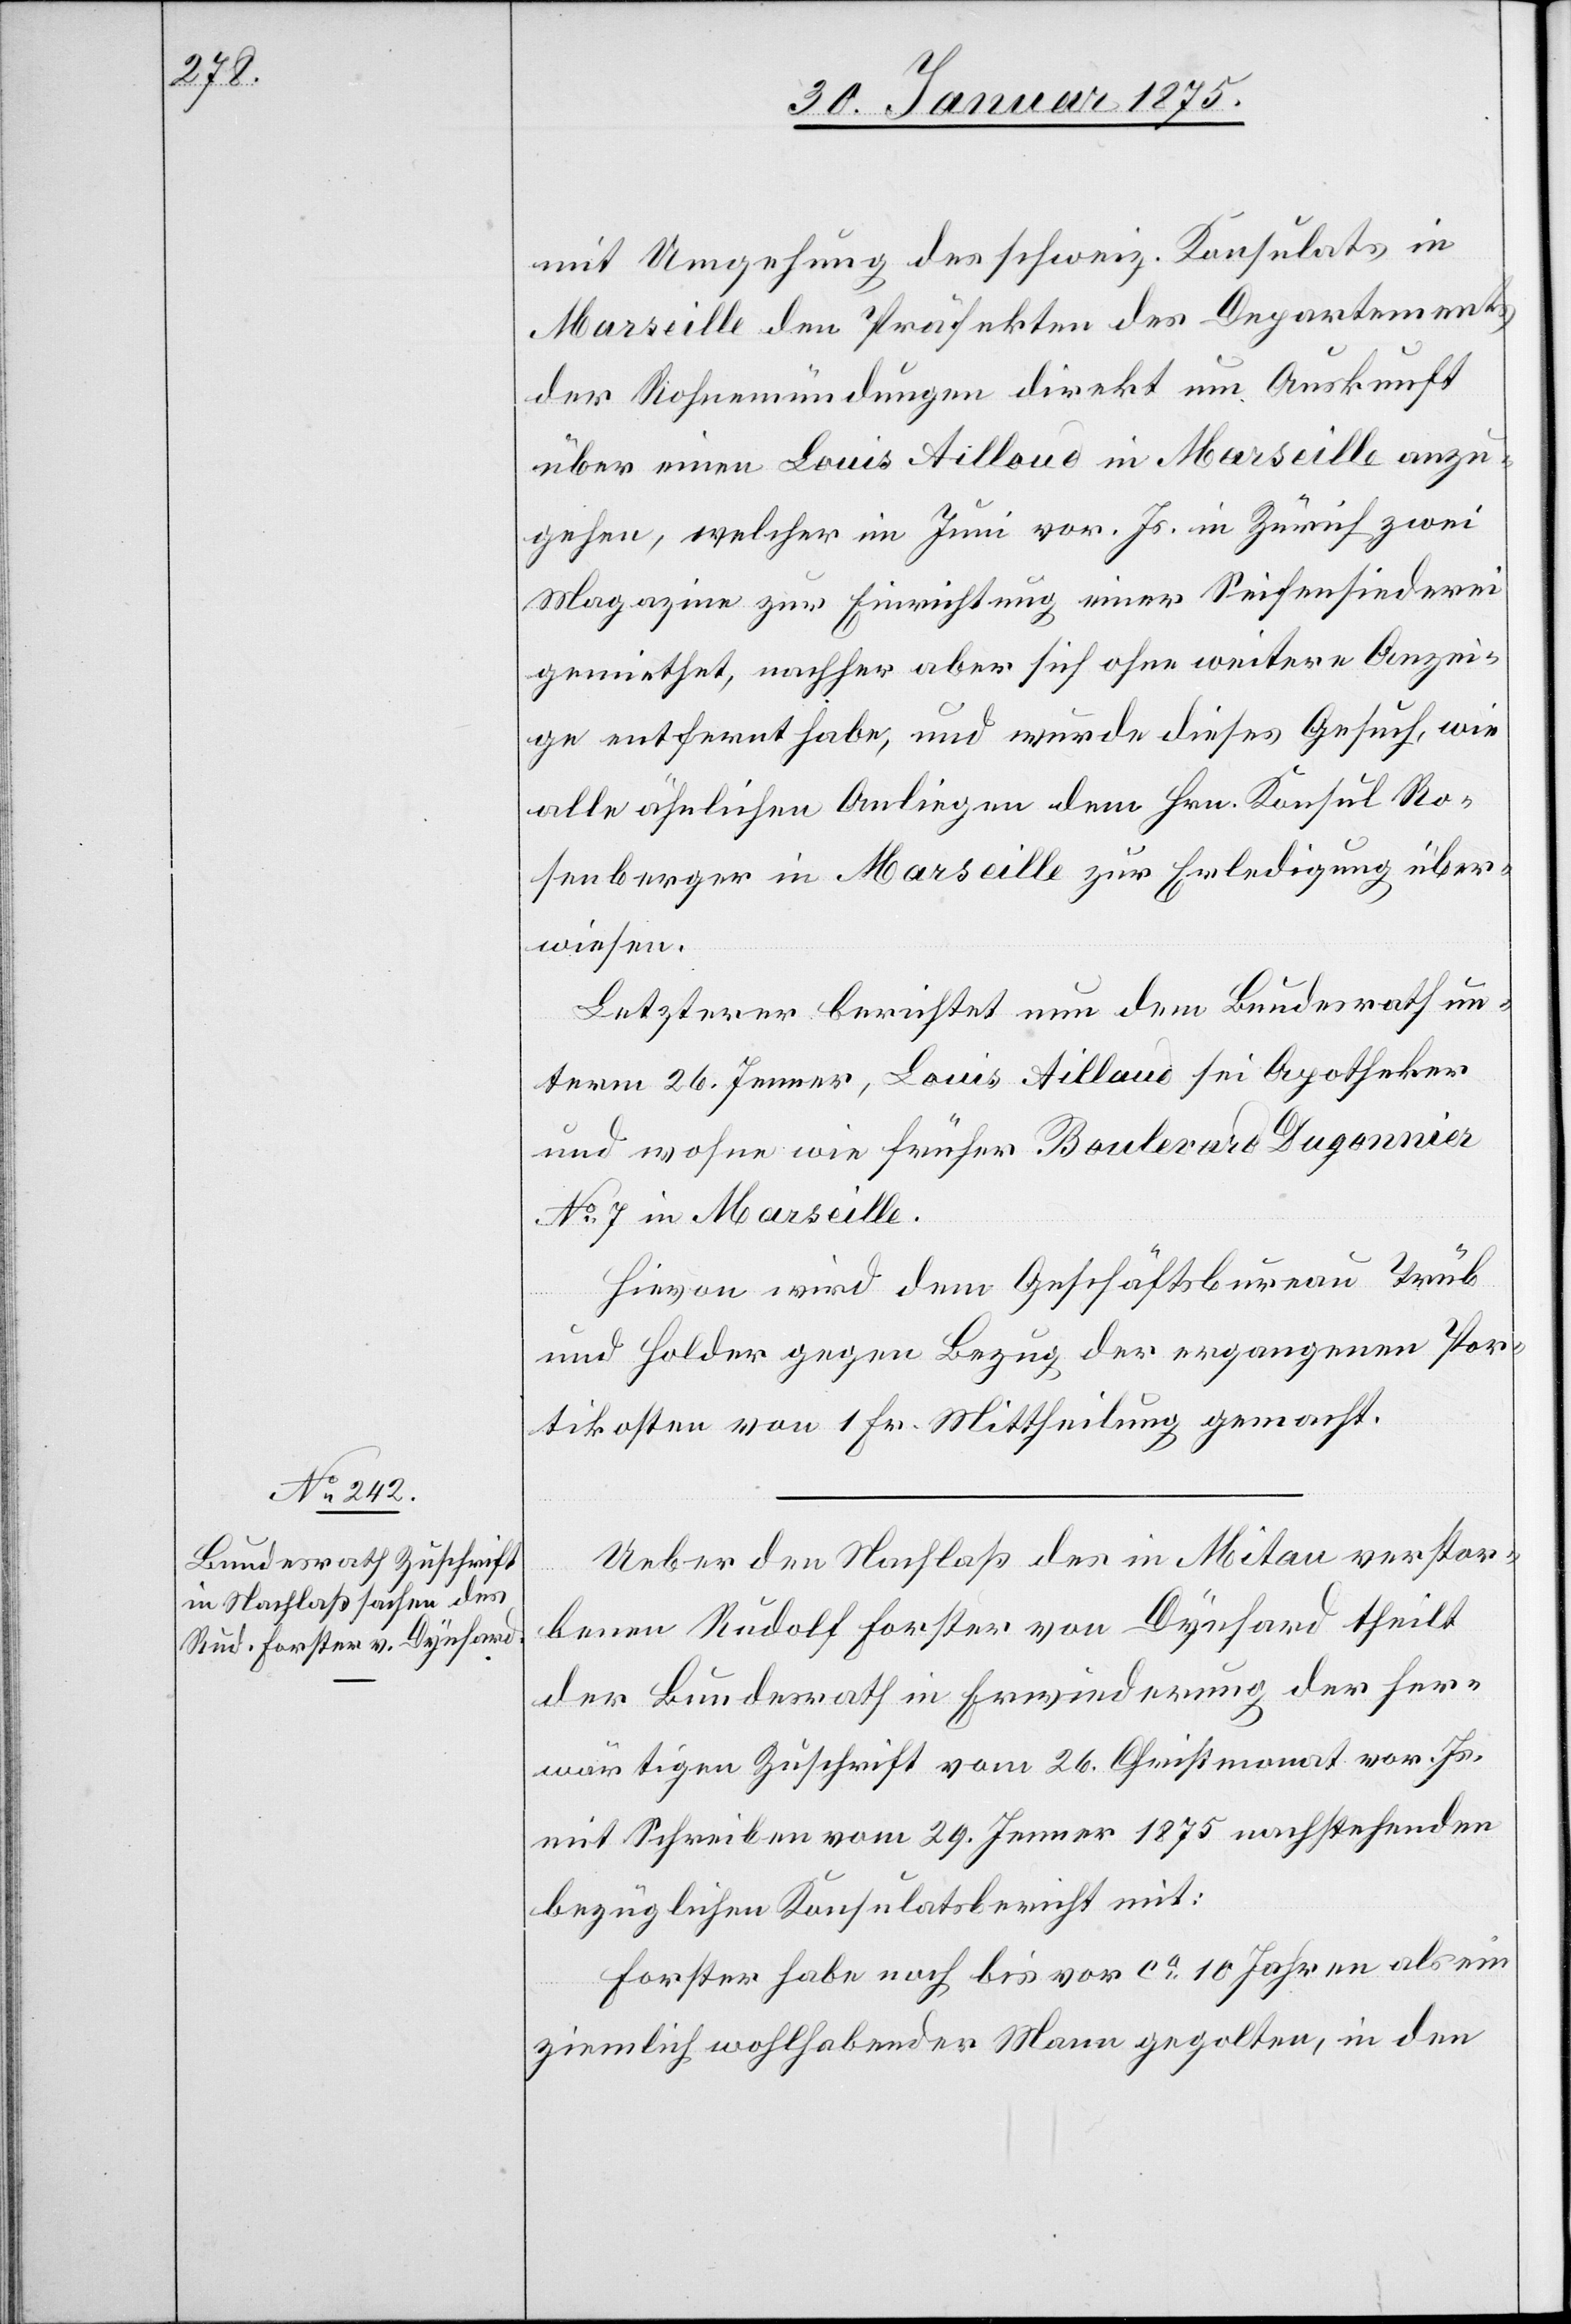
mit Umgehung des schweiz. Konsulats in
Marseille den Präfekten des Departements
der Rohnenmündungen direkt um Auskunft
über einen Louis Ailloud in Marseille anzu¬
gehen, welcher im Juni vor. Js. in Zürich zwei
Magazine zur Einrichtung einer Seifensiederei
gemiethet, nachher aber sich ohne weitere Anzei¬
ge entfernt habe, und wurde dieses Gesuch, wie
alle ähnlichen Anliegen dem Hrn. Konsul Ro¬
senberger in Marseille zur Erledigung über¬
wiesen.
Letzterer berichtet nun dem Bundesrath un¬
term 26. Jenner, Louis Ailloud sei Apotheker
und wohne wie früher Boulevard Duponnier
No 7 in Marseille.
Hievon wird dem Geschäftsbureau Trüb
und Holger gegen Bezug der ergangenen Por¬
tikosten von 1 Fr. Mittheilung gemacht.
Ueber den Nachlaß des in Mitau verstor¬
ruar
benen Rudolf Forster von Dynhard theilt
der Bundesrath in Erwiederung der her¬
wärtigen Zuschrift vom 26. Christmonat vor. Js.
mit Schreiben vom 29. Jenner 1875 nachstehenden
bezüglichen Konsulatsbericht mit:
Forster habe noch bis vor ca 10 Jahren als ein
ziemlich wohlhabender Mann gegolten, in den